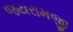
જયરામજી